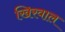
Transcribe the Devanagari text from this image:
खिरवाल